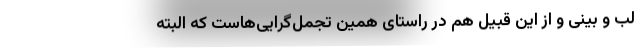
لب و بینی و از این قبیل هم در راستای همین تجمل‌گرایی‌هاست که البته